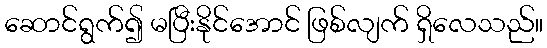
ဆောင်ရွက်၍ မပြီးနိုင်အောင် ဖြစ်လျက် ရှိလေသည်။